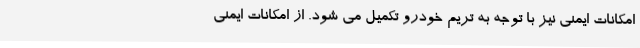
امکانات ایمنی نیز با توجه به تریم خودرو تکمیل می شود. از امکانات ایمنی